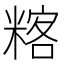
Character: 𥻞